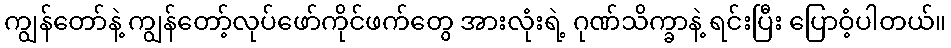
ကျွန်တော်နဲ့ ကျွန်တော့်လုပ်ဖော်ကိုင်ဖက်တွေ အားလုံးရဲ့ ဂုဏ်သိက္ခာနဲ့ ရင်းပြီး ပြောဝံ့ပါတယ်။